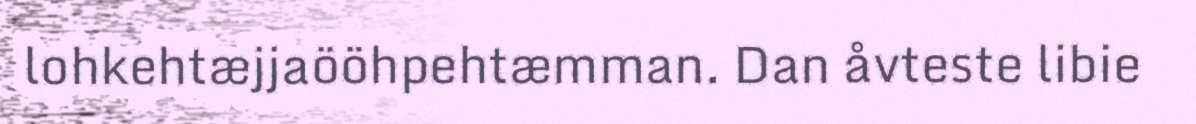
lohkehtæjjaööhpehtæmman. Dan åvteste libie